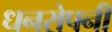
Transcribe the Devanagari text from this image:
धनरोपनी